Etiology and epidemiology of plague
Disease focus: Plague
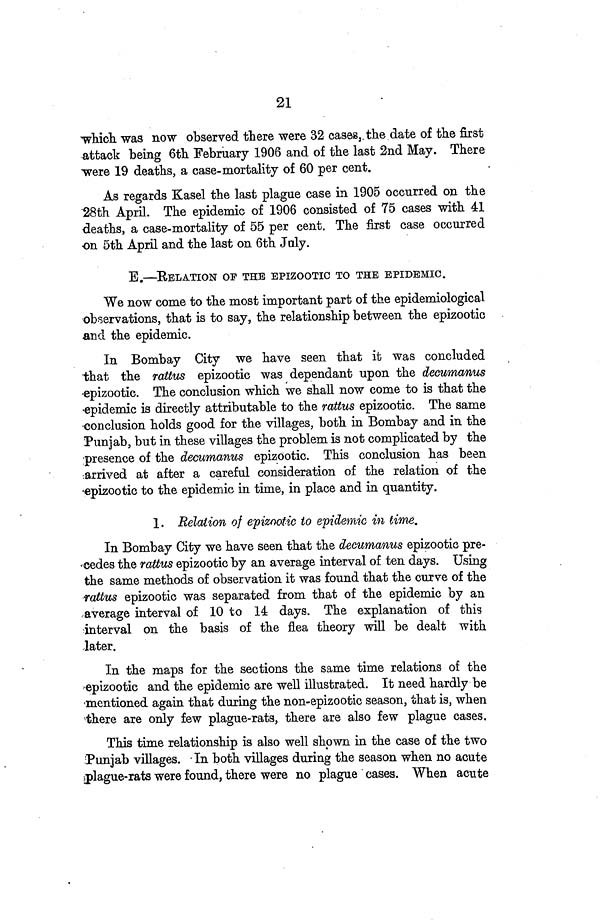
21
which was now observed there were 32 cases, the date of the first
attack being 6th February 1906 and of the last 2nd May. There
were 19 deaths, a case-mortality of 60 per cent.
As regards Kasel the last plague case in 1905 occurred on the
28th April. The epidemic of 1906 consisted of 75 cases with 41
deaths, a case-mortality of 55 per cent. The first case occurred
on 5th April and the last on 6th July.
E.—RELATION OF THE EPIZOOTIC TO THE EPIDEMIC.
We now come to the most important part of the epidemiological
observations, that is to say, the relationship between the epizootic
and the epidemic.
In Bombay City we have seen that it was concluded
that the rattus epizootic was dependant upon the decumanus
epizootic. The conclusion which we shall now come to is that the
epidemic is directly attributable to the rattus epizootic. The same
conclusion holds good for the villages, both in Bombay and in the
Punjab, but in these villages the problem is not complicated by the
presence of the decumanus epizootic. This conclusion has been
arrived at after a careful consideration of the relation of the
epizootic to the epidemic in time, in place and in quantity.
1. Relation of epizootic to epidemic in time.
In Bombay City we have seen that the decumanus epizootic pre-
cedes the rattus epizootic by an average interval of ten days. Using
the same methods of observation it was found that the curve of the
rattus epizootic was separated from that of the epidemic by an
average interval of 10 to 14 days. The explanation of this
interval on the basis of the flea theory will be dealt with
later.
In the maps for the sections the same time relations of the
epizootic and the epidemic are well illustrated. It need hardly be
mentioned again that during the non-epizootic season, that is, when
there are only few plague-rats, there are also few plague cases.
This time relationship is also well shown in the case of the two
Punjab villages. In both villages during the season when no acute
plague-rats were found, there were no plague cases. When acute